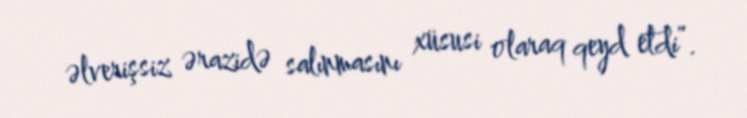
əlverişsiz ərazidə salınmasını xüsusi olaraq qeyd etdi”.